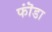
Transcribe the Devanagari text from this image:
फॊंडा